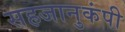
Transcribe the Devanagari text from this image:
सहजानुकंपी